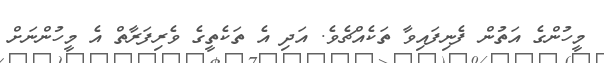
މީހުންގެ އަތުން ފެނިފައިވާ ތަކެއްޗެވެ. އަދި އެ ތަކެތީގެ ވެރިފަރާތް އެ މީހުންނަށް